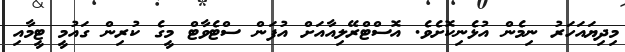
މިދިޔައަހަރު ނިމެން އުޅެނިކޮށެވެ. އޮސްޓްރޭލިއާއަށް އުފަން ސްޓެވާޓް މީގެ ކުރިން ގައުމީ ޓީމާއި